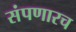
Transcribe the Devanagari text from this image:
संपणारच